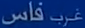
غَرْبُ فَاس